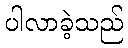
ပါလာခဲ့သည်